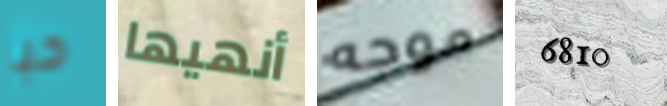
حبا أنهيها موجه 6810